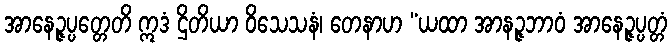
အာနေဉ္ဇပ္ပတ္တေတိ ဣဒံ ဌိတိယာ ဝိသေသနံ၊ တေနာဟ “ယထာ အာနဉ္ဇဘာဝံ အာနေဉ္ဇပ္ပတ္တံ